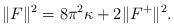
LaTeX: \begin{align*}\|F\|^2 = 8\pi^2 \kappa + 2 \|F^+\|^2.\end{align*}